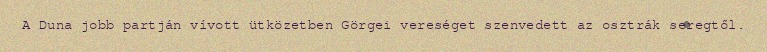
A Duna jobb partján vívott ütközetben Görgei vereséget szenvedett az osztrák seregtől.